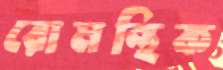
রোমন্থিক